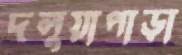
দলুয়াপাড়া